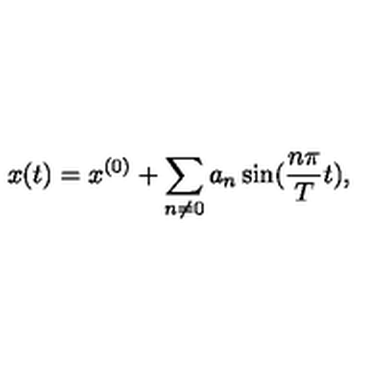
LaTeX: x ( t ) = x ^ { ( 0 ) } + \sum _ { n \neq 0 } a _ { n } \sin ( \frac { n \pi } { T } t ) , \nonumber